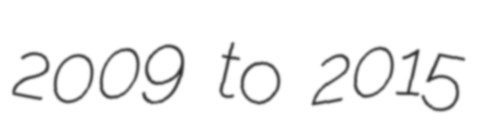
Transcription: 2009 to 2015